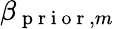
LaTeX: \beta_{\mathrm{~p~r~i~o~r~},m}